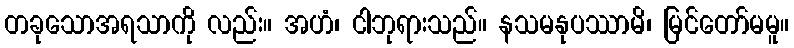
တခုသောအရသာကို လည်း။ အဟံ၊ ငါဘုရားသည်။ နသမနုပဿာမိ၊ မြင်တော်မမူ။